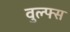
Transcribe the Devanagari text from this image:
वुल्फ्स